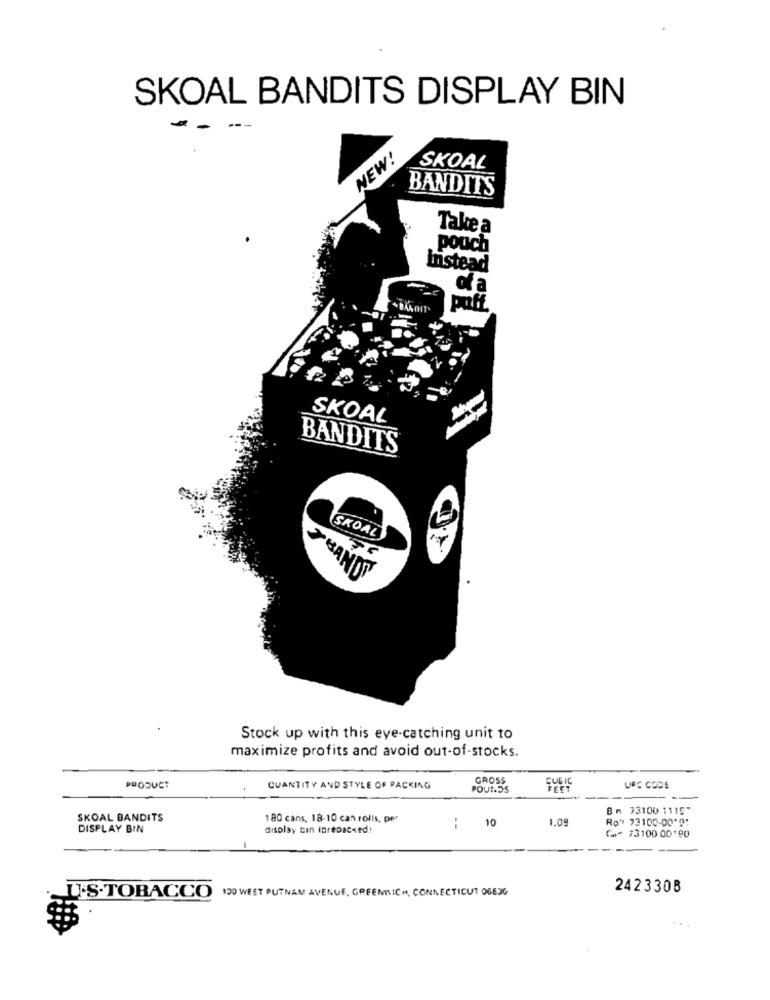
SKOAL BANDITS DISPLAY BIN
NEW!
SKOAL
BANDITS
Take a
pouch
Instead
of a
BANDIT
puff
SKOAL
BANDITS
SKOAL
HANDY
Stock up with this eye-catching unit to
maximize profits and avoid out-of-stocks.
GROSS
PRODUCT
QUANTITY AND STYLE OF PACKING
POURDS
CUBIC
UPC CODE
Bn 73100 1115"
SKOAL BANDITS
180 cans, 18-10 can rolls, per
1,09
Ro" 73100-00*9:
DISPLAY BIN
display tin Iprepacked!
: 10
Ca- 73100 00'90
242330B
U.S.TOBACCO 150 WEST PUTNAM AVENUE, GREENWICH, CONNECTICUT 06630